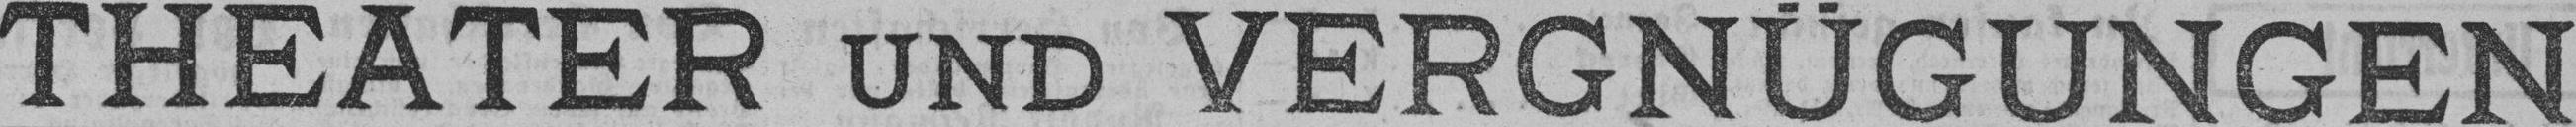
THEATER UND VERGNÜGUNGEN